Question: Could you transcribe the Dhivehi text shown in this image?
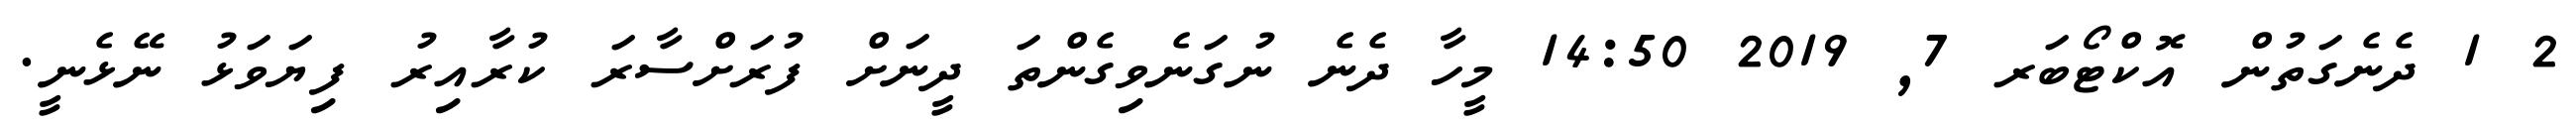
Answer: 2 1 ދެނެގަތުން އޮކްޓޯބަރ 7, 2019 14:50 މީހާ ދެނެ ނުގަނެވިގެންތަ ދީނަށް ފުރަށްސާރަ ކުރާއިރު ފިޔަވަޅު ނޭޅެނީ.